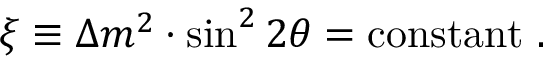
\xi \equiv \Delta m ^ { 2 } \cdot \sin ^ { 2 } 2 \theta = \mathrm { c o n s t a n t } ~ .